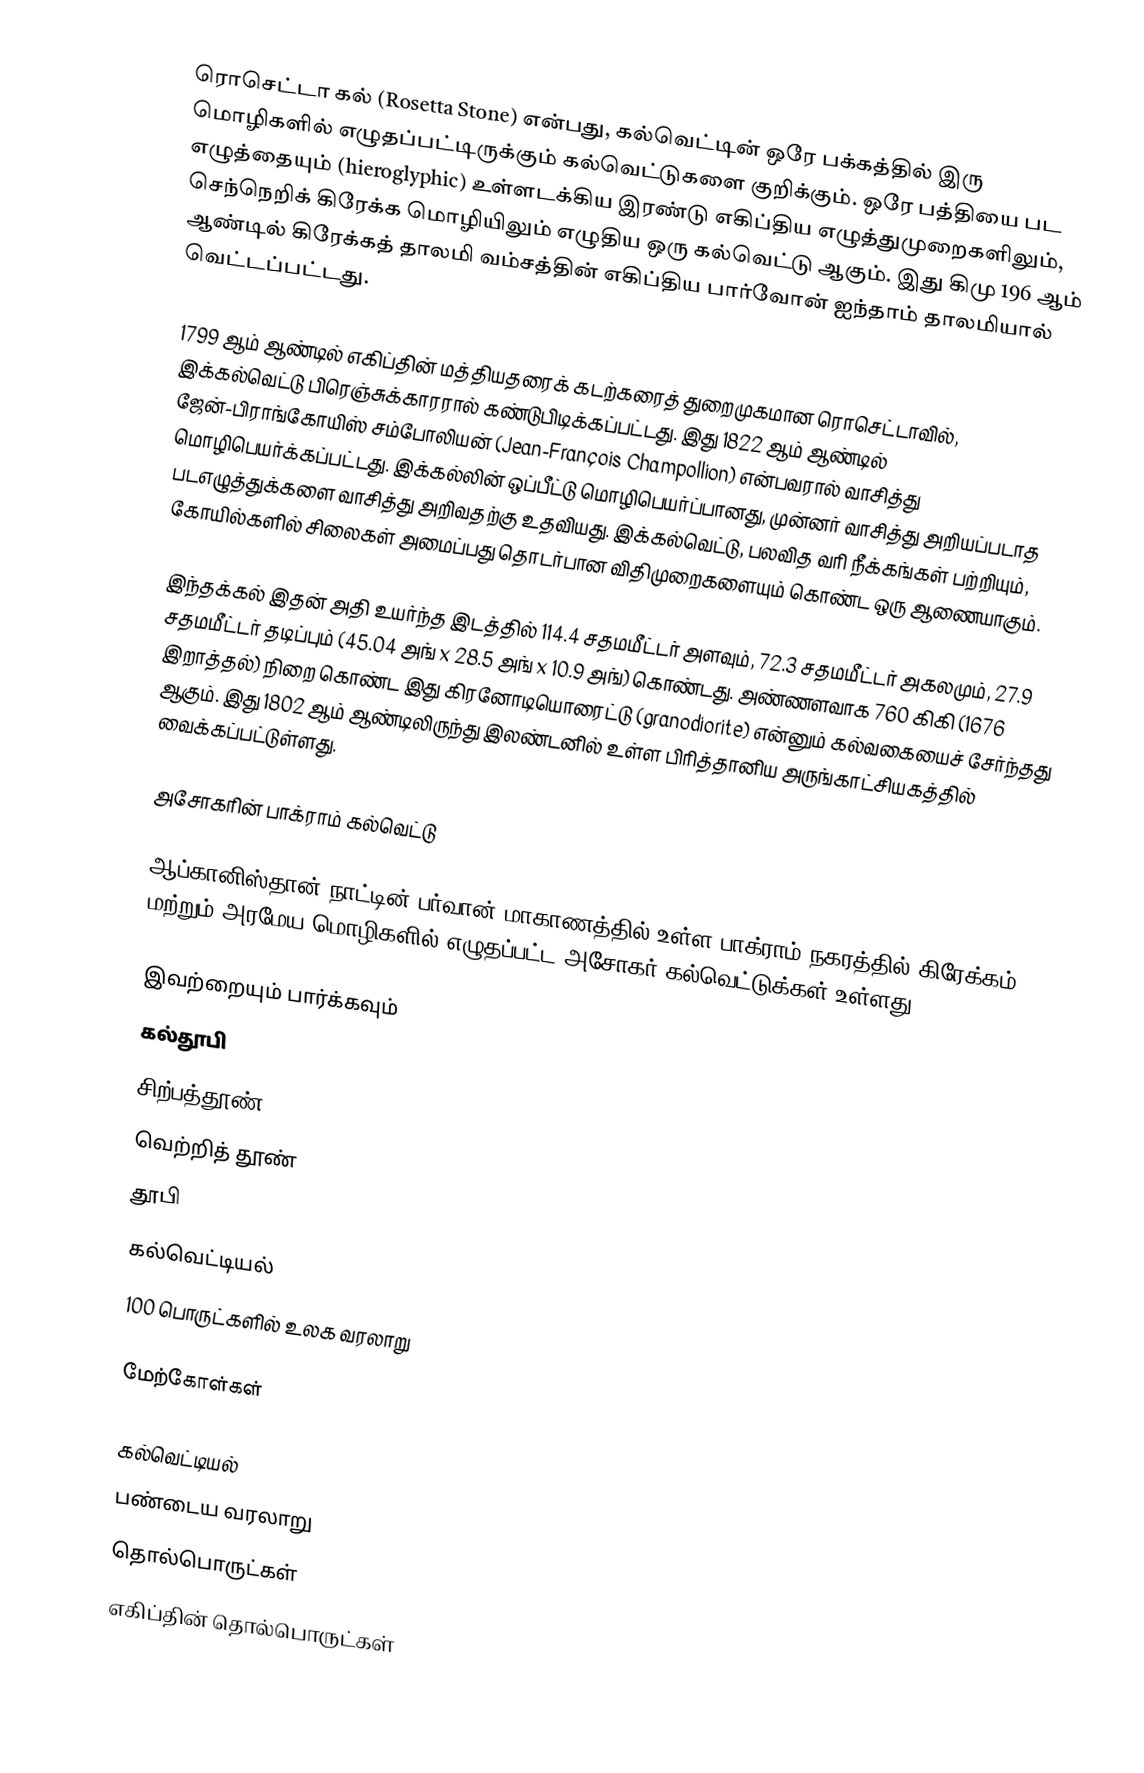
ரொசெட்டா கல் (Rosetta Stone) என்பது, கல்வெட்டின் ஒரே பக்கத்தில் இரு மொழிகளில் எழுதப்பட்டிருக்கும் கல்வெட்டுகளை குறிக்கும்.  ஒரே பத்தியை பட எழுத்தையும் (hieroglyphic) உள்ளடக்கிய இரண்டு எகிப்திய எழுத்துமுறைகளிலும், செந்நெறிக் கிரேக்க மொழியிலும் எழுதிய ஒரு கல்வெட்டு ஆகும். இது கிமு 196 ஆம் ஆண்டில் கிரேக்கத் தாலமி வம்சத்தின் எகிப்திய பார்வோன் ஐந்தாம் தாலமியால் வெட்டப்பட்டது.

1799 ஆம் ஆண்டில் எகிப்தின் மத்தியதரைக் கடற்கரைத் துறைமுகமான ரொசெட்டாவில், இக்கல்வெட்டு பிரெஞ்சுக்காரரால் கண்டுபிடிக்கப்பட்டது. இது 1822 ஆம் ஆண்டில் ஜேன்-பிராங்கோயிஸ் சம்போலியன் (Jean-François Champollion) என்பவரால் வாசித்து மொழிபெயர்க்கப்பட்டது. இக்கல்லின் ஒப்பீட்டு மொழிபெயர்ப்பானது, முன்னர் வாசித்து அறியப்படாத படஎழுத்துக்களை வாசித்து அறிவதற்கு உதவியது. இக்கல்வெட்டு, பலவித வரி நீக்கங்கள் பற்றியும், கோயில்களில் சிலைகள் அமைப்பது தொடர்பான விதிமுறைகளையும் கொண்ட ஒரு ஆணையாகும்.

இந்தக்கல் இதன் அதி உயர்ந்த இடத்தில் 114.4 சதமமீட்டர் அளவும், 72.3 சதமமீட்டர் அகலமும், 27.9 சதமமீட்டர் தடிப்பும் (45.04 அங் x 28.5 அங் x 10.9 அங்) கொண்டது. அண்ணளவாக 760 கிகி (1676 இறாத்தல்) நிறை கொண்ட இது கிரனோடியொரைட்டு (granodiorite) என்னும் கல்வகையைச் சேர்ந்தது ஆகும். இது 1802 ஆம் ஆண்டிலிருந்து இலண்டனில் உள்ள பிரித்தானிய அருங்காட்சியகத்தில் வைக்கப்பட்டுள்ளது.

அசோகரின் பாக்ராம் கல்வெட்டு

ஆப்கானிஸ்தான் நாட்டின் பர்வான் மாகாணத்தில் உள்ள பாக்ராம்  நகரத்தில்  கிரேக்கம் மற்றும் அரமேய மொழிகளில் எழுதப்பட்ட  அசோகர் கல்வெட்டுக்கள் உள்ளது.

இவற்றையும் பார்க்கவும்
 கல்தூபி
 சிற்பத்தூண்
 வெற்றித் தூண்
 தூபி
 கல்வெட்டியல்
 100 பொருட்களில் உலக வரலாறு

மேற்கோள்கள்

கல்வெட்டியல்
பண்டைய வரலாறு
தொல்பொருட்கள்
எகிப்தின் தொல்பொருட்கள்